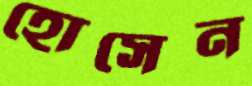
হোসেন